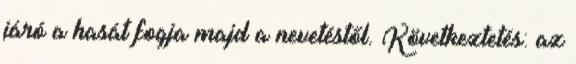
járó a hasát fogja majd a nevetéstől. Következtetés: az